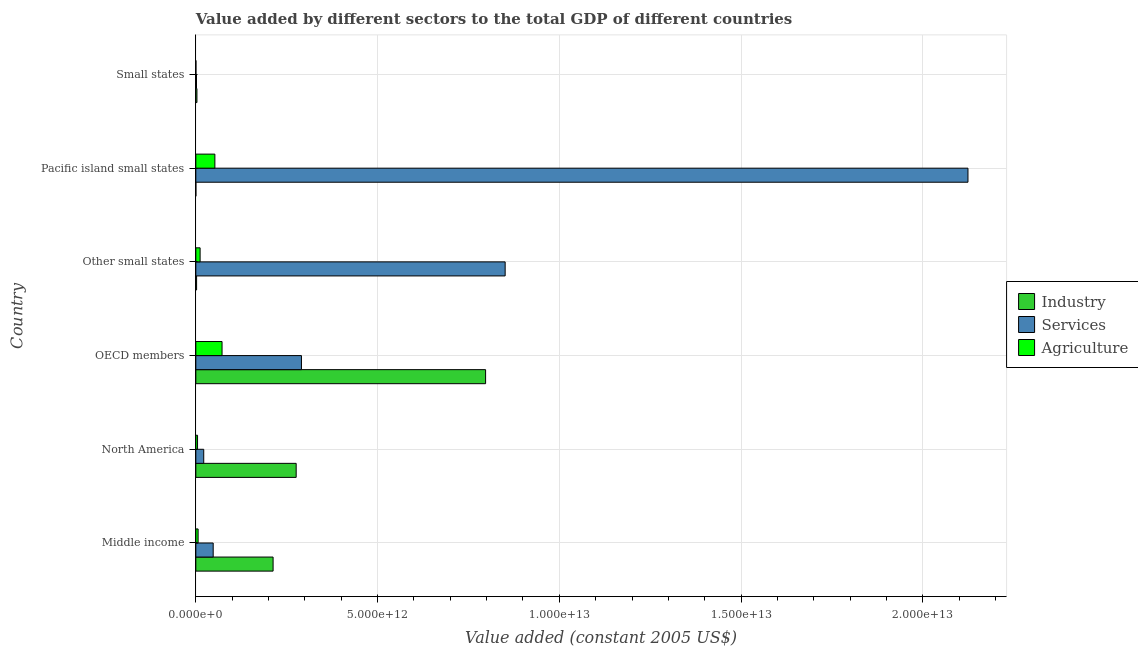
| Country | Industry | Services | Agriculture |
 | --- | --- | --- | --- |
 | Middle income | 2.13e+12 | 4.78e+11 | 6.26e+10 |
 | North America | 2.76e+12 | 2.18e+11 | 4.74e+10 |
 | OECD members | 7.97e+12 | 2.91e+12 | 7.21e+11 |
 | Other small states | 2.08e+10 | 8.51e+12 | 1.18e+11 |
 | Pacific island small states | 7.67e+08 | 2.12e+13 | 5.24e+11 |
 | Small states | 3.05e+10 | 1.83e+10 | 3.11e+09 |